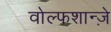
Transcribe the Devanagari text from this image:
वोल्फशान्ज़े